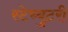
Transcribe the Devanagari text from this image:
स्टेच्युटरी